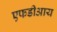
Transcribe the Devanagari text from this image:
एफडीआय